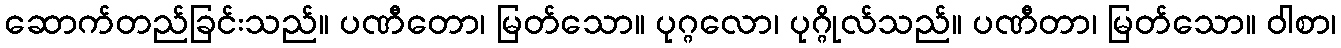
ဆောက်တည်ခြင်းသည်။ ပဏီတော၊ မြတ်သော။ ပုဂ္ဂလော၊ ပုဂ္ဂိုလ်သည်။ ပဏီတာ၊ မြတ်သော။ ဝါစာ၊